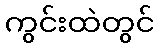
ကွင်းထဲတွင်